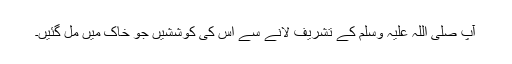
آپ صلی اللہ علیہ وسلم کے تشریف لانے سے اس کی کوششیں جو خاک میں مل گئیں۔